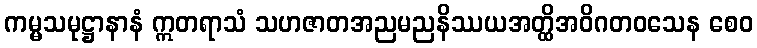
ကမ္မသမုဋ္ဌာနာနံ ဣတရာသံ သဟဇာတအညမညနိဿယအတ္ထိအဝိဂတဝသေန စေဝ